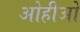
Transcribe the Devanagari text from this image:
ओहीओ